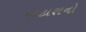
ખટાશનો